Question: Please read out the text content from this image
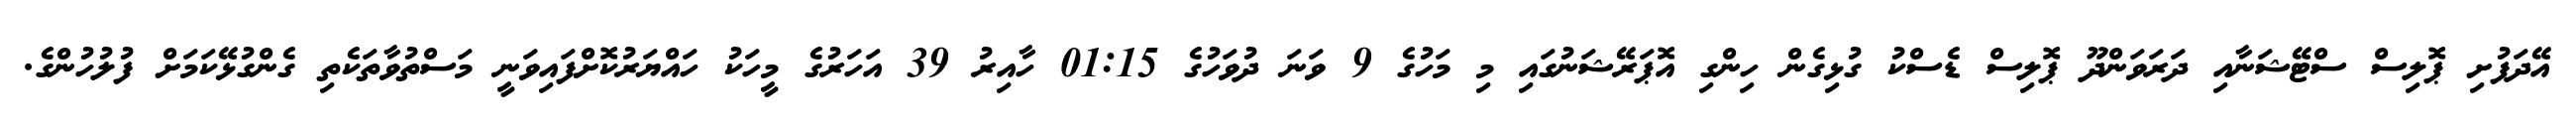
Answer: އޭދަފުށި ޕޮލިސް ސްޓޭޝަނާއި ދަރަވަންދޫ ޕޮލިސް ޑެސްކު ގުޅިގެން ހިންގި އޮޕަރޭޝަނުގައި މި މަހުގެ 9 ވަނަ ދުވަހުގެ 01:15 ހާއިރު 39 އަހަރުގެ މީހަކު ހައްޔަރުކޮށްފައިވަނީ މަސްތުވާތަކެތި ގެންގުޅޭކަމަށް ފުލުހުންގެ.